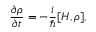
\frac { \partial \rho } { \partial t } = - \frac { i } { \hbar } [ H , \rho ] ,